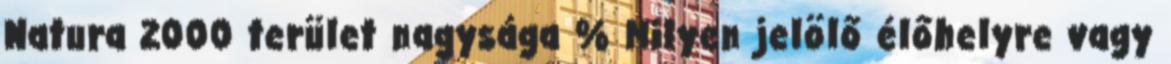
Natura 2000 terület nagysága % Milyen jelölő élőhelyre vagy